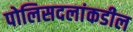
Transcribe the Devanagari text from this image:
पोलिसदलांकडील